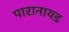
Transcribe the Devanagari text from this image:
पारानायड